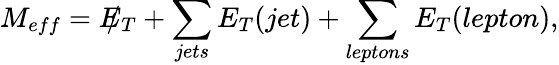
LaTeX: M_{eff}=E\llap/_{T}+\sum_{jets}E_{T}(jet)+\sum_{leptons}E_{T}(lepton),